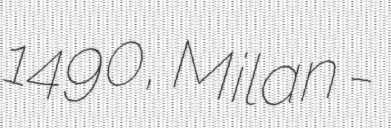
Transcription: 1490, Milan -